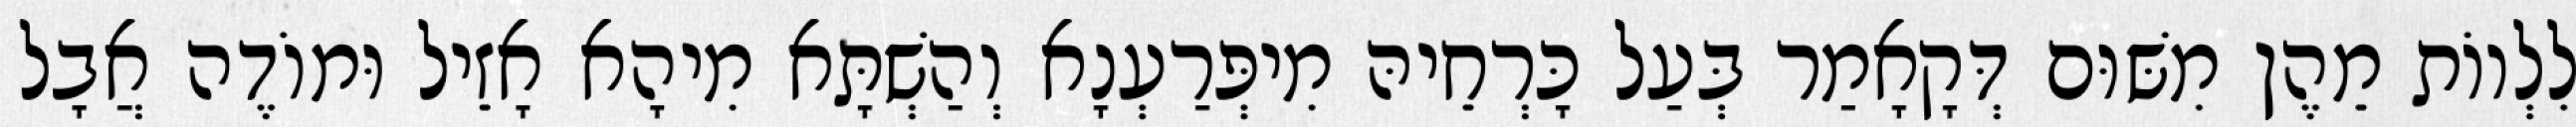
לִלְווֹת מֵהֶן מִשּׁוּם דְּקָאָמַר בְּעַל כָּרְחֵיהּ מִיפְּרַעְנָא וְהַשְׁתָּא מִיהָא אָזֵיל וּמוֹדֶה אֲבָל